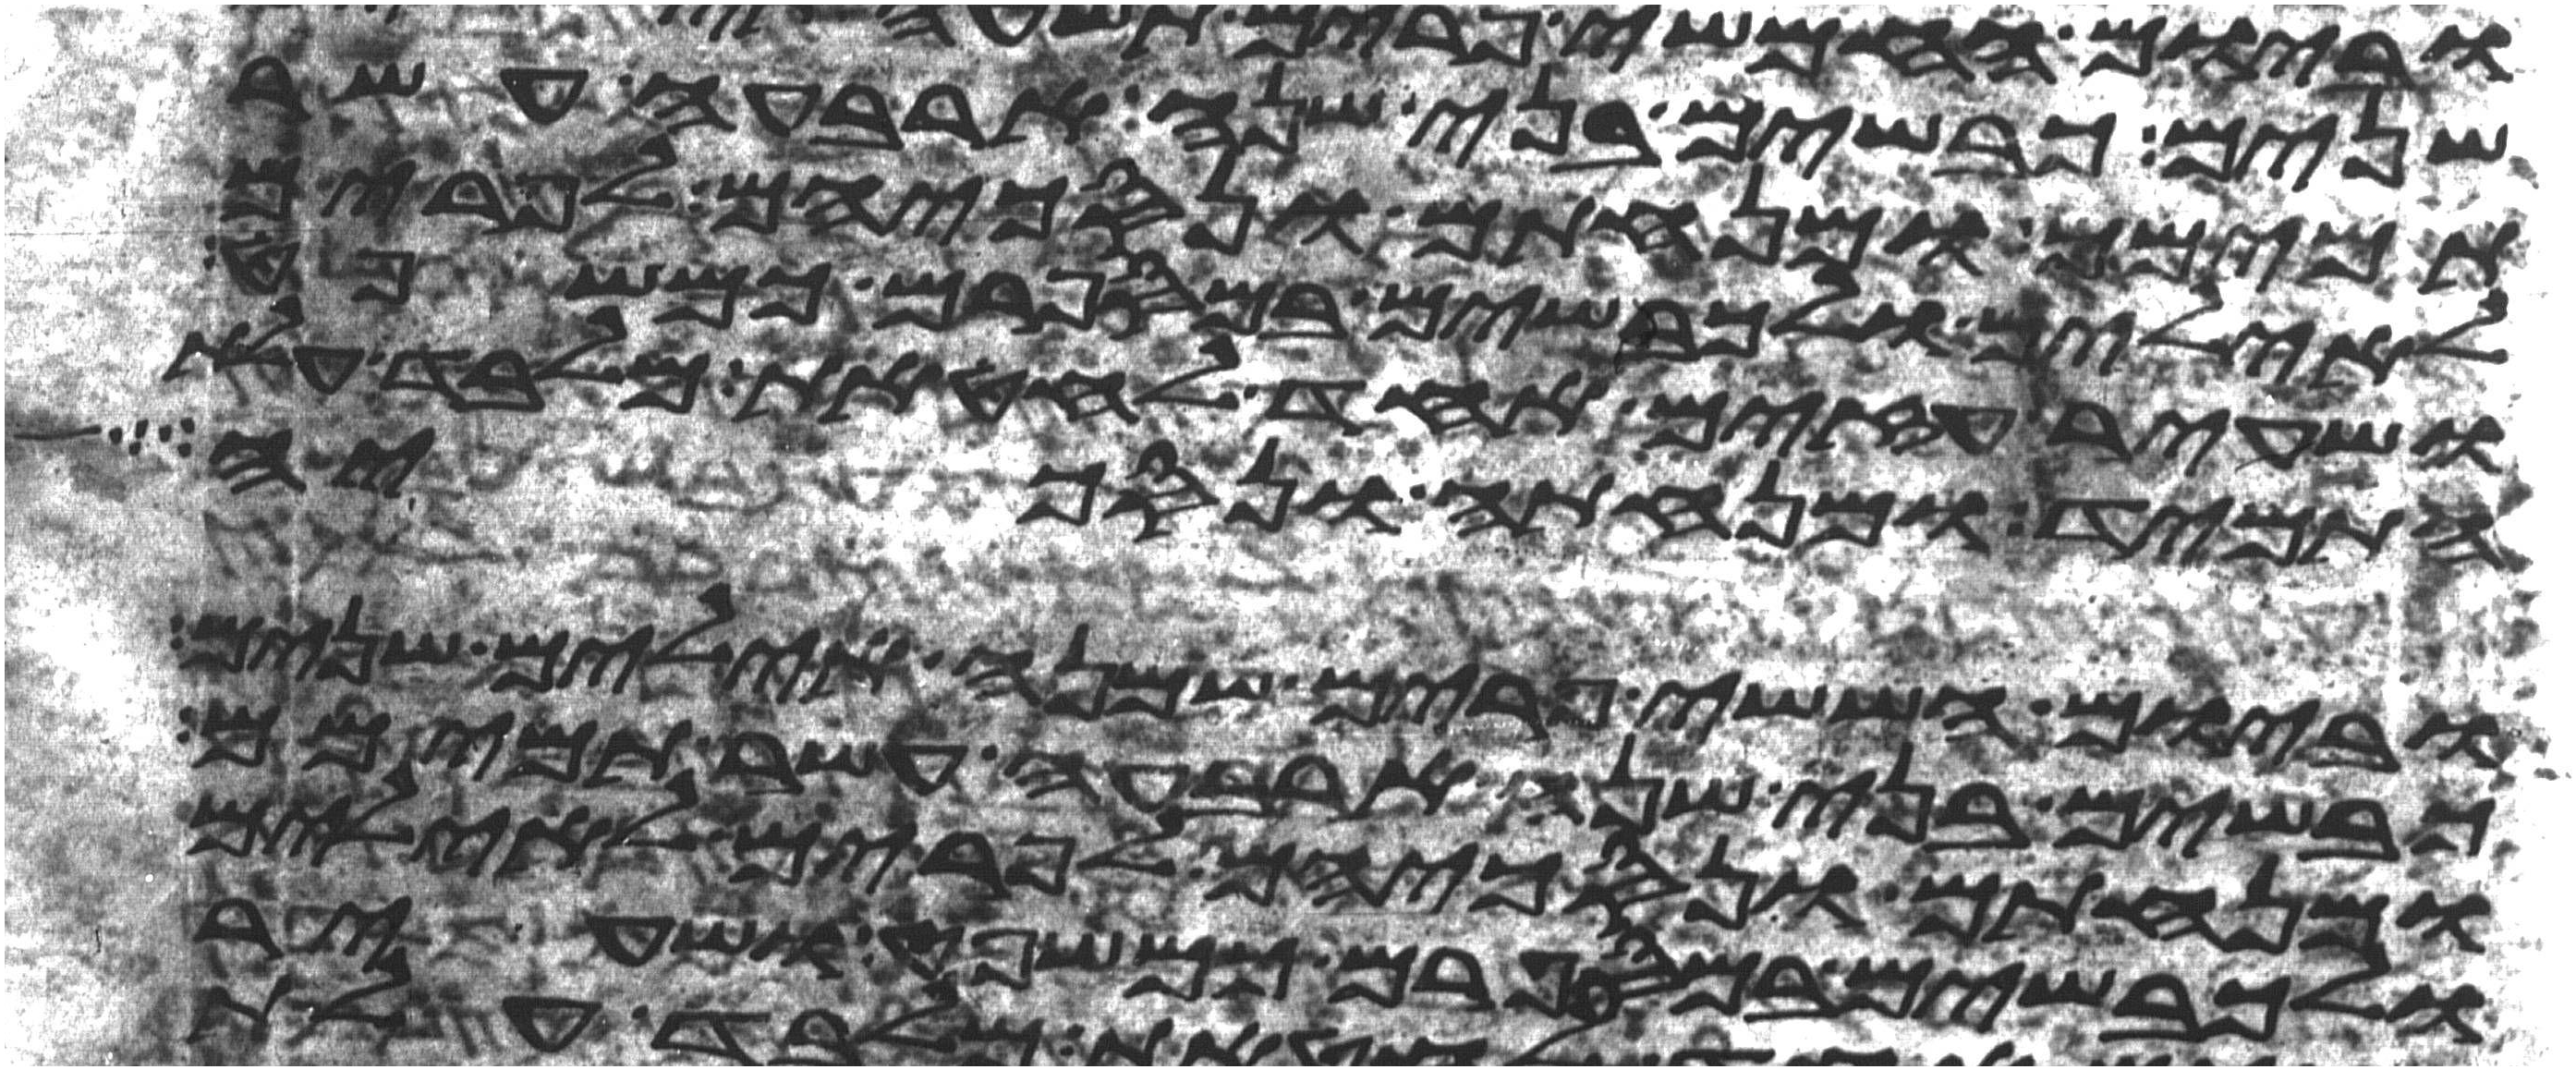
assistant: שנים כבשים בני שנה ארבעה עשר
תמימם ומנחתם ונסכיהם לפרים
לאילים ולכבשים במספרם כמשפט
ושעיר עזים אחד לחטאת מלבד עלת
התמיד ומנחתה ונסכיה
וביום הששי פרים שמנה אילים שנים
כבשים בני שנה ארבעה עשר תמימם
ומנחתם ונסכיהם לפרים לאילים
ולכבשים במספרם כמשפט ושעיר